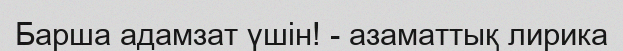
Барша адамзат үшін! - азаматтық лирика